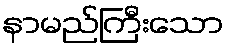
နာမည်ကြီးသော